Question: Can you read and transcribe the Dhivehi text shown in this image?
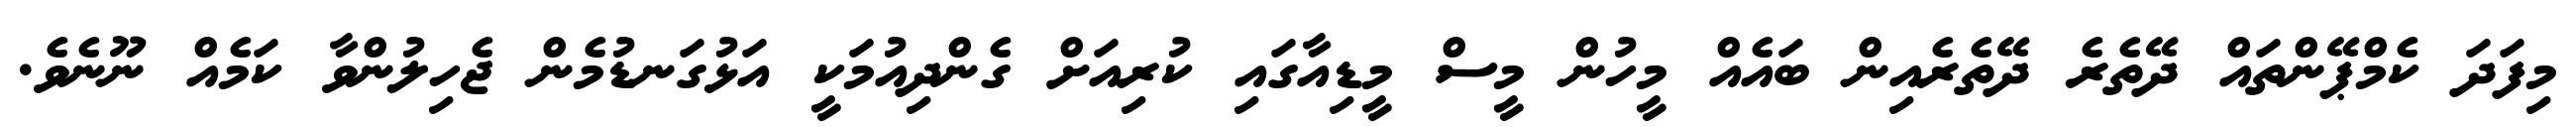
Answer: މިފަދަ ކެމްޕޭންތައް ދޭތެރެ ދޭތެރެއިން ބައެއް މީހުން މީސް މީޑިއާގައި ކުރިއަށް ގެންދިއުމަކީ އަޅުގަނޑުމެން ޖެހިލުންވާ ކަމެއް ނޫނެވެ.